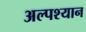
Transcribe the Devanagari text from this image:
अल्पश्यान